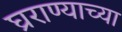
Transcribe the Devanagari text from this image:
घ्रराण्याच्या